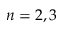
n = 2 , 3